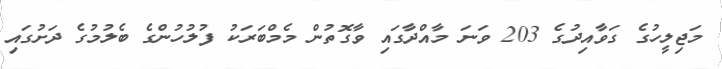
މަޖިލީހުގެ ގަވާއިދުގެ 203 ވަނަ މާއްދާގައި ވާގޮތުން މެމްބަރަކު ފުލުހުންގެ ބެލުމުގެ ދަށުގައި